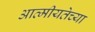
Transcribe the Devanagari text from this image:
आत्मीयतेच्या